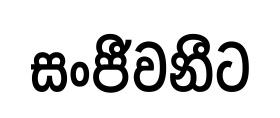
සංජීවනීට